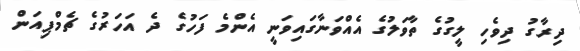
ދިރާގު ދިވެހި ލީގުގެ ތާވަލުގެ އެއްވަނާގައިވަނީ އެންމެ ފަހުގެ ދެ އަހަރުގެ ޗެމްޕިއަން